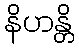
နိဟန္တိ